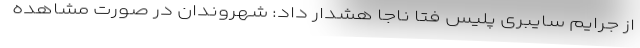
از جرایم سایبری پلیس فتا ناجا هشدار داد: شهروندان در صورت مشاهده